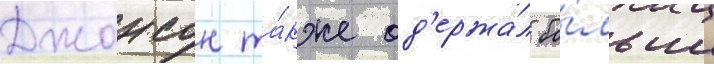
Джонсон та́кже од'ержа́л бо́льше